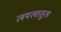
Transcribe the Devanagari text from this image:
लयलातुल